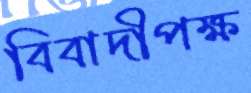
বিবাদীপক্ষ